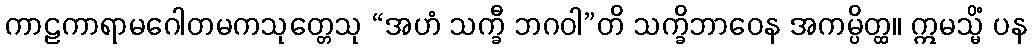
ကာဠကာရာမဂေါတမကသုတ္တေသု “အဟံ သက္ခီ ဘဂဝါ”တိ သက္ခိဘာဝေန အကမ္ပိတ္ထ။ ဣမသ္မိံ ပန